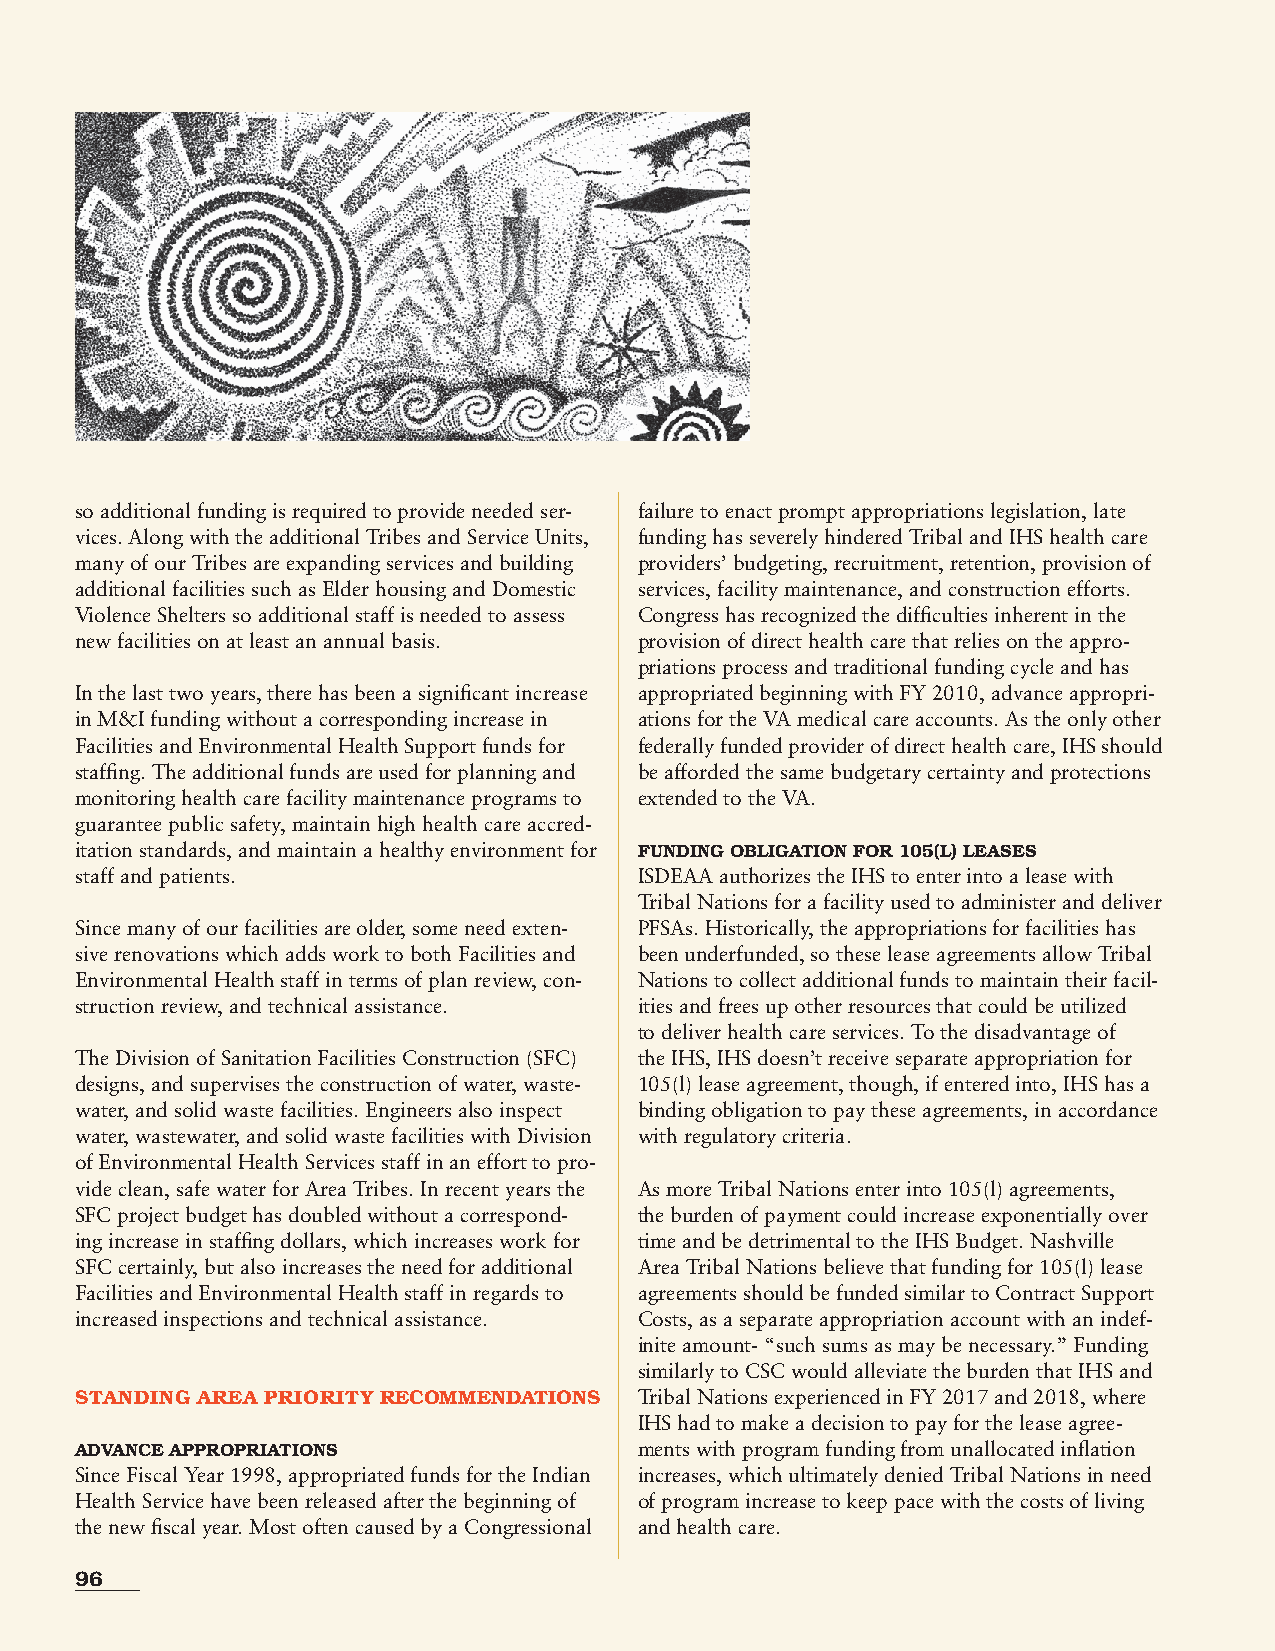
so additional funding is required to provide needed ser- failure to enact prompt appropriations legislation, late
 vices. Along with the additional Tribes and Service Units, funding has severely hindered Tribal and IHS health care
 many of our Tribes are expanding services and building providers’ budgeting, recruitment, retention, provision of
 additional facilities such as Elder housing and Domestic services, facility maintenance, and construction efforts.
 Violence Shelters so additional staff is needed to assess Congress has recognized the difficulties inherent in the
 new facilities on at least an annual basis. provision of direct health care that relies on the appro-
 priations process and traditional funding cycle and has
 In the last two years, there has been a significant increase appropriated beginning with FY 2010, advance appropri-
 in M&I funding without a corresponding increase in ations for the VA medical care accounts. As the only other
 Facilities and Environmental Health Support funds for federally funded provider of direct health care, IHS should
 staffing. The additional funds are used for planning and be afforded the same budgetary certainty and protections
 monitoring health care facility maintenance programs to extended to the VA.
 guarantee public safety, maintain high health care accred-
 itation standards, and maintain a healthy environment for FUNDING OBLIGATION FOR 105(L) LEASES
 staff and patients.                  ISDEAA authorizes the IHS to enter into a lease with
 Tribal Nations for a facility used to administer and deliver
 Since many of our facilities are older, some need exten- PFSAs. Historically, the appropriations for facilities has
 sive renovations which adds work to both Facilities and been underfunded, so these lease agreements allow Tribal
 Environmental Health staff in terms of plan review, con- Nations to collect additional funds to maintain their facil-
 struction review, and technical assistance. ities and frees up other resources that could be utilized
 to deliver health care services. To the disadvantage of
 The Division of Sanitation Facilities Construction (SFC) the IHS, IHS doesn’t receive separate appropriation for
 designs, and supervises the construction of water, waste- 105(l) lease agreement, though, if entered into, IHS has a
 water, and solid waste facilities. Engineers also inspect binding obligation to pay these agreements, in accordance
 water, wastewater, and solid waste facilities with Division with regulatory criteria.
 of Environmental Health Services staff in an effort to pro-
 vide clean, safe water for Area Tribes. In recent years the As more Tribal Nations enter into 105(l) agreements,
 SFC project budget has doubled without a correspond- the burden of payment could increase exponentially over
 ing increase in staffing dollars, which increases work for time and be detrimental to the IHS Budget. Nashville
 SFC certainly, but also increases the need for additional Area Tribal Nations believe that funding for 105(l) lease
 Facilities and Environmental Health staff in regards to agreements should be funded similar to Contract Support
 increased inspections and technical assistance. Costs, as a separate appropriation account with an indef-
 inite amount- “such sums as may be necessary.” Funding
 similarly to CSC would alleviate the burden that IHS and
 STANDING AREA PRIORITY RECOMMENDATIONS Tribal Nations experienced in FY 2017 and 2018, where
 IHS had to make a decision to pay for the lease agree-
 ADVANCE APPROPRIATIONS               ments with program funding from unallocated inflation
 Since Fiscal Year 1998, appropriated funds for the Indian increases, which ultimately denied Tribal Nations in need
 Health Service have been released after the beginning of of program increase to keep pace with the costs of living
 the new fiscal year. Most often caused by a Congressional and health care.
 96